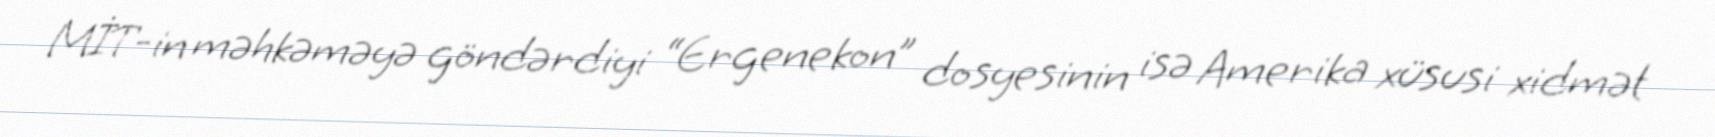
MİT-in məhkəməyə göndərdiyi “Ergenekon” dosyesinin isə Amerika xüsusi xidmət